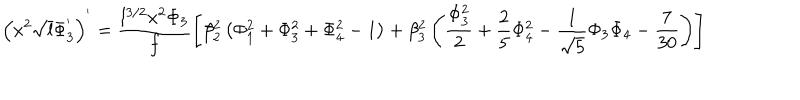
LaTeX: \left( x ^ { 2 } \sqrt { l } \Phi _ { 3 } ^ { ' } \right) ^ { ' } = \frac { l ^ { 3 / 2 } x ^ { 2 } \Phi _ { 3 } } { f } \left[ \beta _ { 2 } ^ { 2 } \left( \Phi _ { 1 } ^ { 2 } + \Phi _ { 3 } ^ { 2 } + \Phi _ { 4 } ^ { 2 } - 1 \right) + \beta _ { 3 } ^ { 2 } \left( \frac { \Phi _ { 3 } ^ { 2 } } { 2 } + \frac { 2 } { 5 } \Phi _ { 4 } ^ { 2 } - \frac { 1 } { \sqrt { 5 } } \Phi _ { 3 } \Phi _ { 4 } - \frac { 7 } { 3 0 } \right) \right]